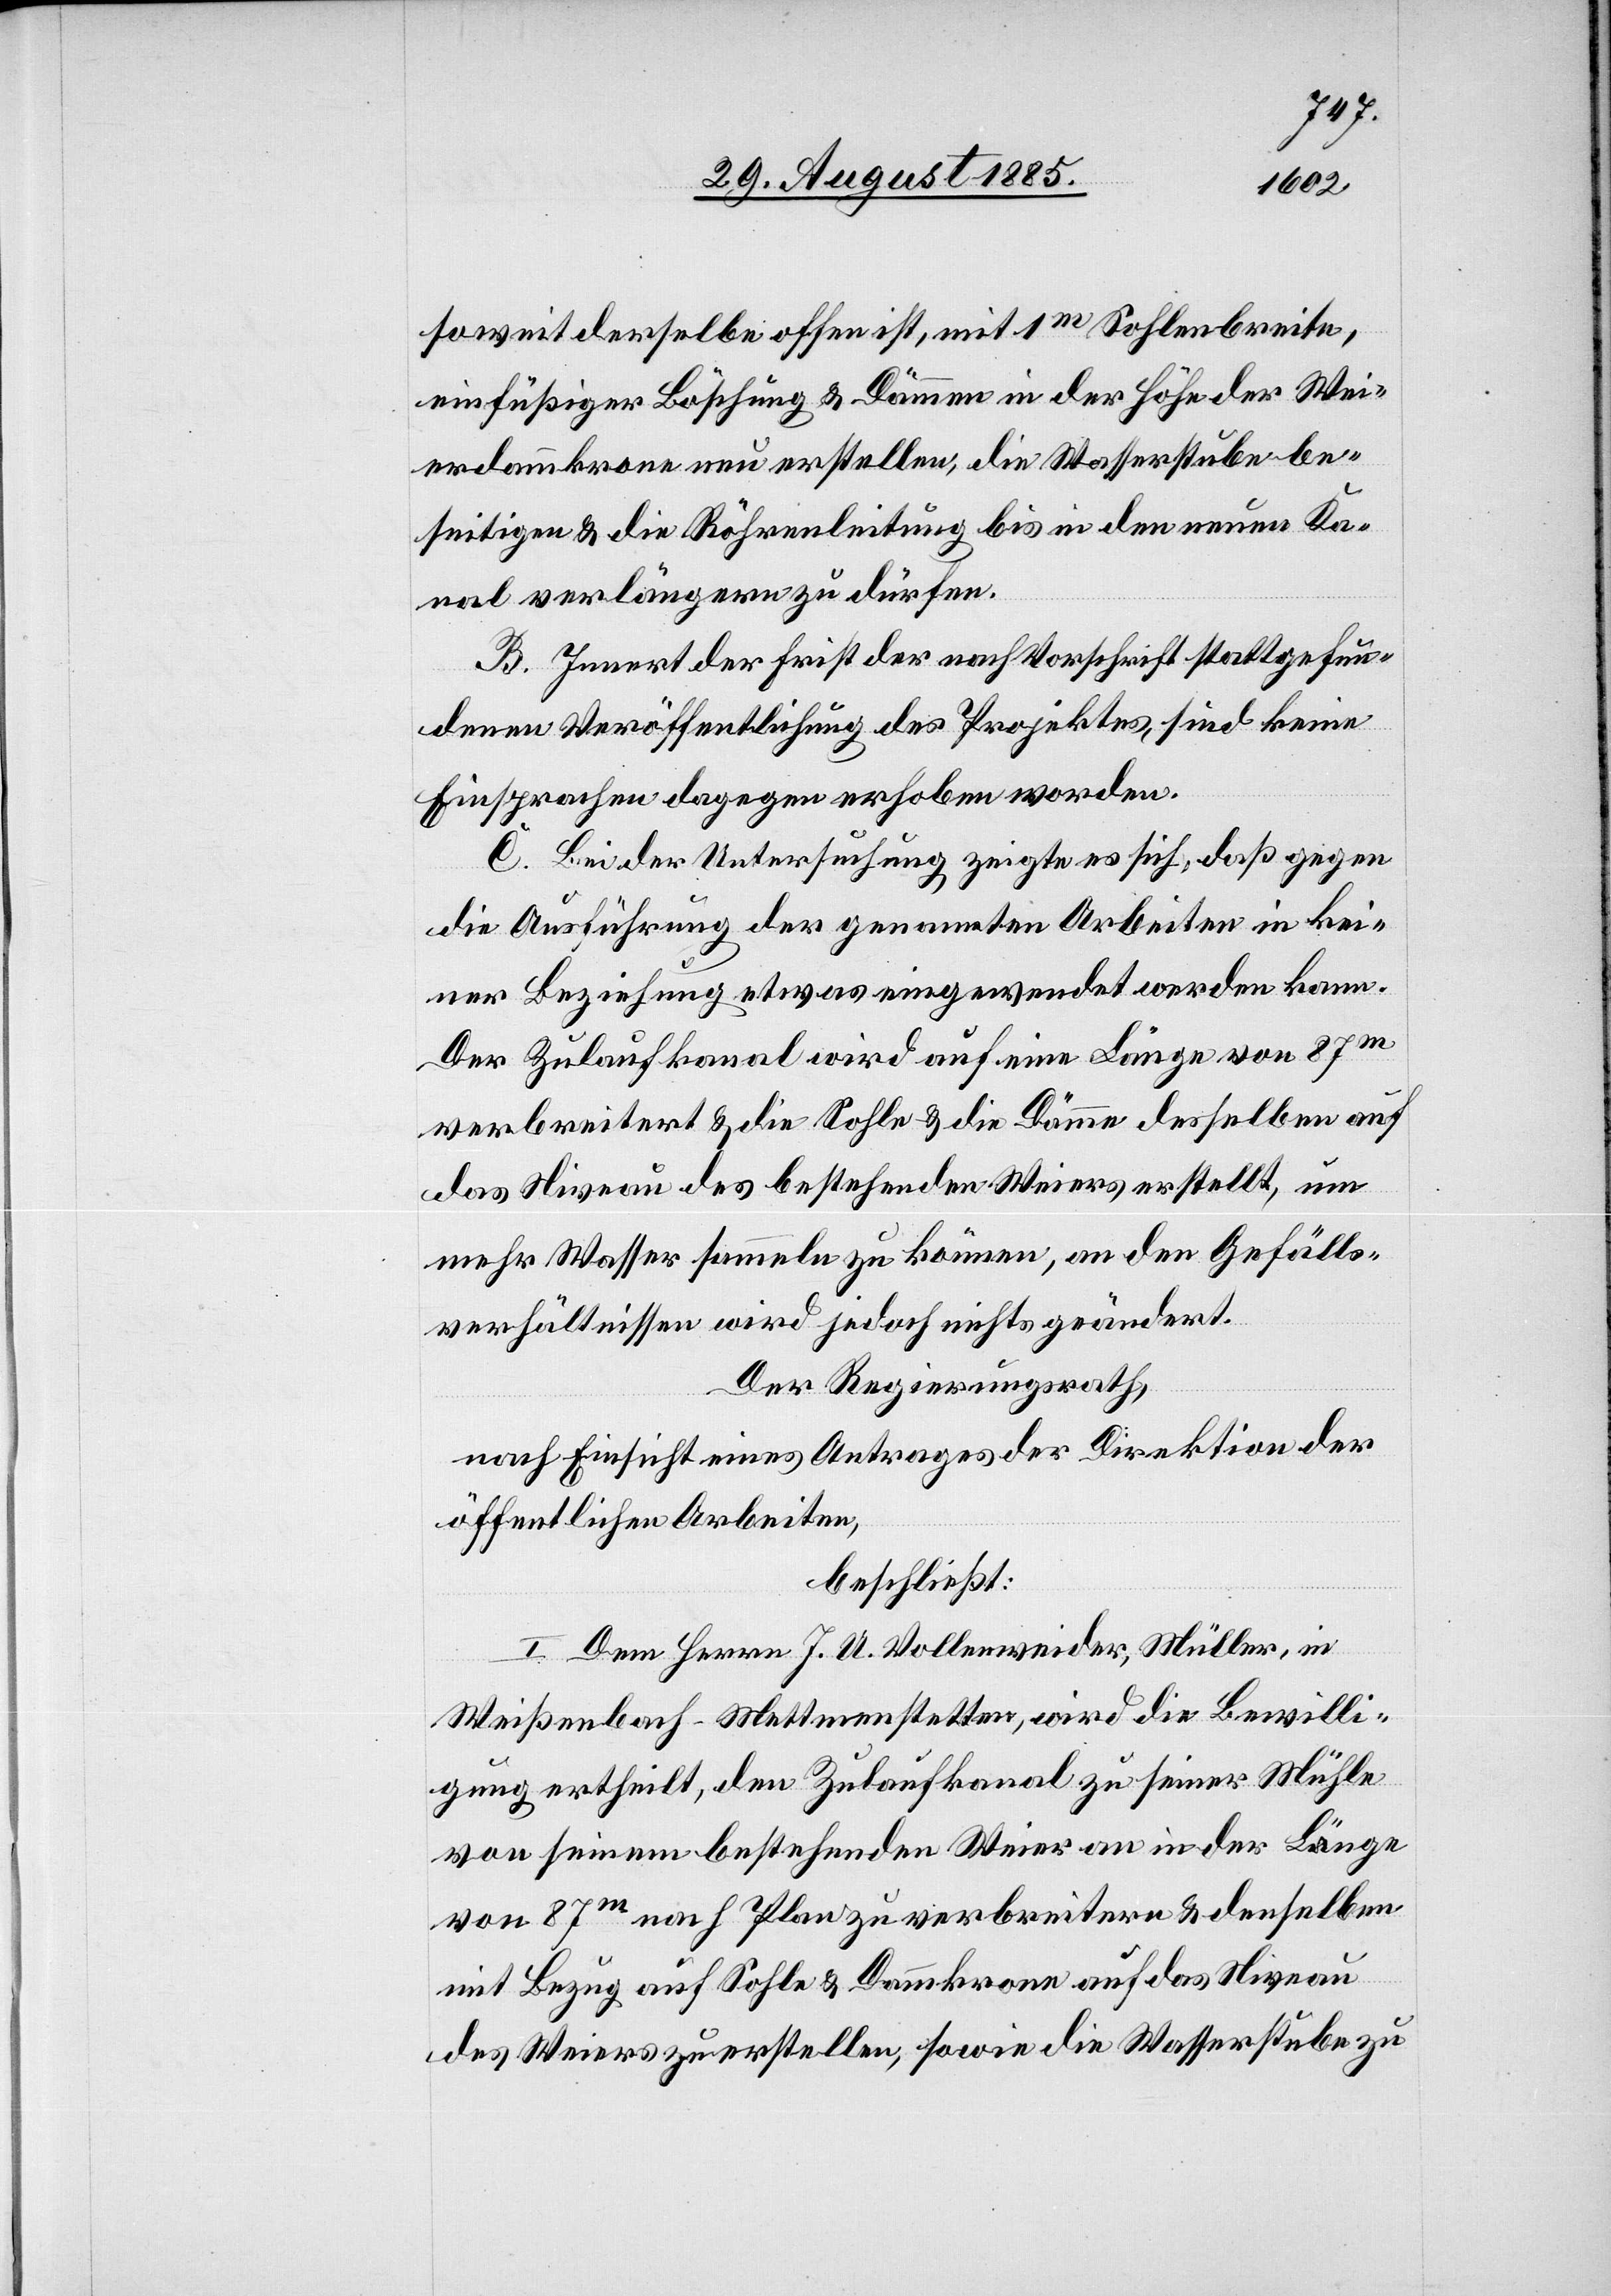
soweit derselbe offen ist, mit 1m Sohlenbreite,
einfüßiger Böschung & Dämme in der Höhe der Wei¬
erdammkrone neu erstellen, die Wasserstube be¬
seitigen & die Röhrenleitung bis in den neuen Ka¬
nal verlängern zu dürfen.
B. Innert der Frist der nach Vorschrift stattgefun¬
denen Veröffentlichung des Projektes, sind keine
Einsprachen dagegen erhoben worden.
C. Bei der Untersuchung zeigte es sich, daß gegen
die Ausführung der genannten Arbeiten in kei¬
ner Beziehung etwas eingewendet werden kann.
Der Zulaufkanal wird auf eine Länge von 87m
verbreitert & die Sohle & die Dämme desselben auf
das Niveau des bestehenden Weiers erstellt, um
mehr Wasser sammeln zu können, an den Gefälls¬
verhältnissen wird jedoch nichts geändert.
Der Regierungsrath,
nach Einsicht eines Antrages der Direktion der
öffentlichen Arbeiten,
beschließt:
I. Dem Herrn J. A. Vollenweider, Müller, in
Weißenbach - Mettmenstetten, wird die Bewilli¬
gung ertheilt, den Zulaufkanal zu seiner Mühle
von seinem bestehenden Weier an in der Länge
von 87m nach Plan zu verbreitern & denselben
mit Bezug auf Sohle & Dammkrone auf das Niveau
des Weiers zu erstellen, sowie die Wasserstube zu